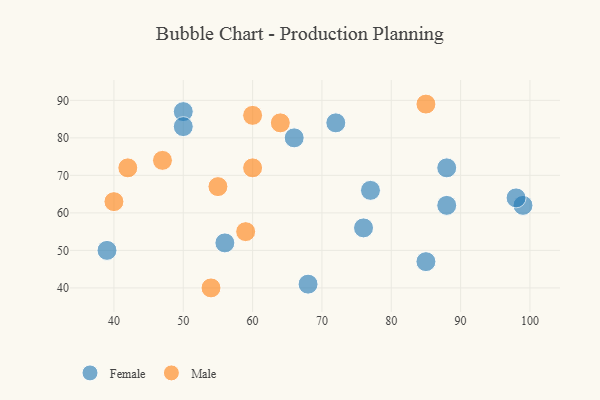
{"axis": {"x": "GDP", "y": "Life Expectancy"}, "legend": ["Female", "Male"], "data": [{"x": "72", "y": 84, "type": "Female"}, {"x": "88", "y": 62, "type": "Female"}, {"x": "68", "y": 41, "type": "Female"}, {"x": "85", "y": 47, "type": "Female"}, {"x": "50", "y": 87, "type": "Female"}, {"x": "99", "y": 62, "type": "Female"}, {"x": "50", "y": 83, "type": "Female"}, {"x": "76", "y": 56, "type": "Female"}, {"x": "66", "y": 80, "type": "Female"}, {"x": "98", "y": 64, "type": "Female"}, {"x": "56", "y": 52, "type": "Female"}, {"x": "88", "y": 72, "type": "Female"}, {"x": "77", "y": 66, "type": "Female"}, {"x": "39", "y": 50, "type": "Female"}, {"x": "42", "y": 72, "type": "Male"}, {"x": "47", "y": 74, "type": "Male"}, {"x": "60", "y": 72, "type": "Male"}, {"x": "64", "y": 84, "type": "Male"}, {"x": "60", "y": 86, "type": "Male"}, {"x": "55", "y": 67, "type": "Male"}, {"x": "59", "y": 55, "type": "Male"}, {"x": "54", "y": 40, "type": "Male"}, {"x": "40", "y": 63, "type": "Male"}, {"x": "85", "y": 89, "type": "Male"}]}